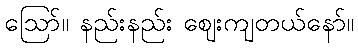
ဪ။ နည်းနည်း ဈေးကျတယ်နော်။